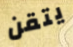
يتقن